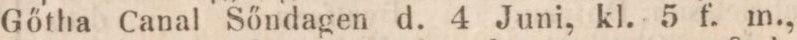
Gőtha Canal Sőndagen d. 4 Juni, kl. 5 f. m.,